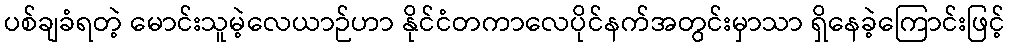
ပစ်ချခံရတဲ့ မောင်းသူမဲ့လေယာဉ်ဟာ နိုင်ငံတကာလေပိုင်နက်အတွင်းမှာသာ ရှိနေခဲ့ကြောင်းဖြင့်